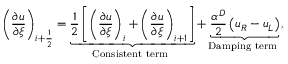
\left( \frac { \partial u } { \partial \xi } \right) _ { i + \frac { 1 } { 2 } } = \underbrace { \frac { 1 } { 2 } \left[ \left( \frac { \partial u } { \partial \xi } \right) _ { i } + \left( \frac { \partial u } { \partial \xi } \right) _ { i + 1 } \right] } _ { \mathrm { C o n s i s t e n t ~ t e r m ~ } } + \underbrace { \frac { \alpha ^ { D } } { 2 } \left( u _ { R } - u _ { L } \right) } _ { \mathrm { D a m p i n g ~ t e r m ~ } } ,